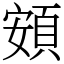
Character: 頞